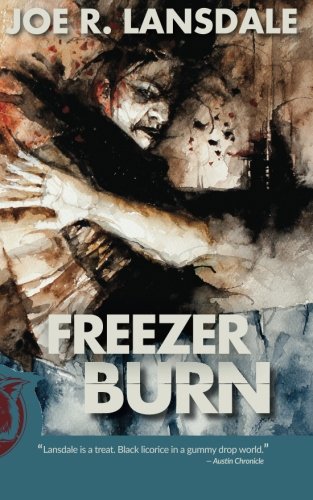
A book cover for Freezer Burn; Joe R Lansdale; Literature & Fiction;